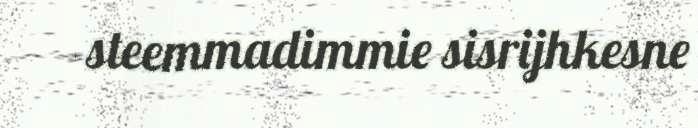
steemmadimmie sisrijhkesne